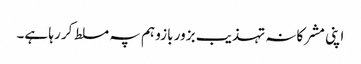
اپنی مشرکانہ تہذیب بزور بازو ہم پہ مسلط کر رہا ہے۔